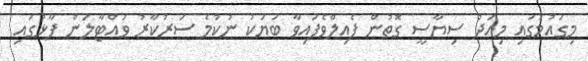
މިގައުމުގައި މިއަދު ސިޔާސީ ގޮތުން ފެއިލްވެފައިވާ ބަޔަކު ނުކުމެ ސަރުކާރު ވައްޓާލަން ފާޅުގައި